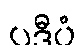
ပဒီပံ